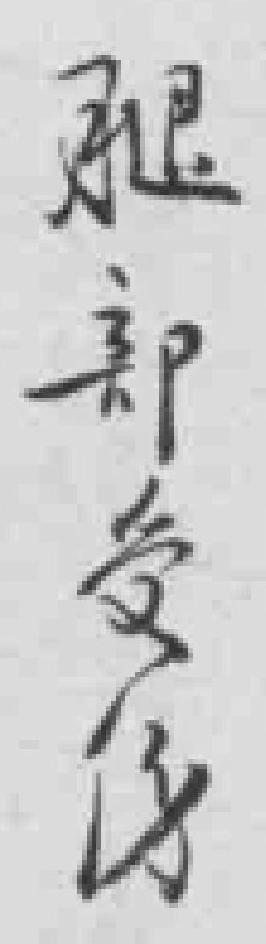
腿部受傷